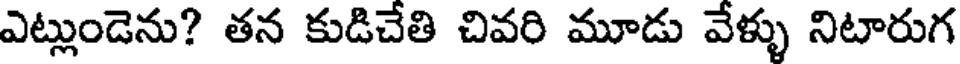
ఎట్లుండెను? తన కుడిచేతి చివరి మూడు వేళ్ళు నిటారుగ